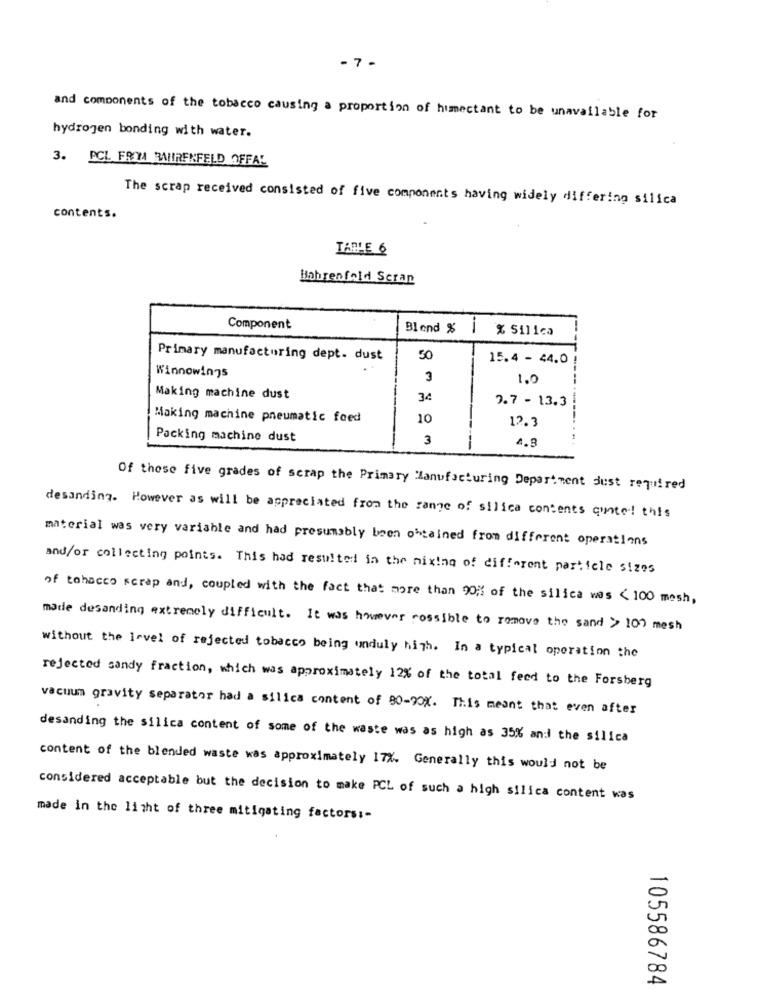
- 7 -
and components of the tobacco causing a proportion of humectant to be unavailable for
hydrogen bonding with water.
3. PCL FROM RAHIRENFELD OFFAL
The scrap received consisted of five components having widely differing silica
contents.
TABLE 6
Bahrenfold Seran
Component
Blend %
% Silica
Primary manufacturing dept. dust
50
15.4 - 44.0
Winnowings
3
1.0
Making machine dust
34
7.7 - 13.3
Making machine pneumatic foed
10
12.3
---------
Packing machine dust
3
4.8
Of these five grades of scrap the Primary Manufacturing Department Just required
desanding. However as will be appreciated from the range of silica contents quote! this
material was very variable and had presumably been obtained from different operations
and/or collecting points. This had resulted in the mixing of different particle sizes
of tohacco scrap and, coupled with the fact that more than 90% of the silica was < 100 mesh,
made desanding extremely difficult. It was however possible to remove the sand > 100 mesh
without the level of rejected tobacco being unduly high. In a typical operation the
rejected sandy fraction, which was approximately 12% of the total feed to the Forsberg
vacuum gravity separator had a silica content of 80-90X. This meant that even after
desanding the silica content of some of the waste was as high as 35% and the silica
content of the blended waste was approximately 17%. Generally this would not be
considered acceptable but the decision to make PCL of such a high silica content was
made in the light of three mitigating factors :-
105586784